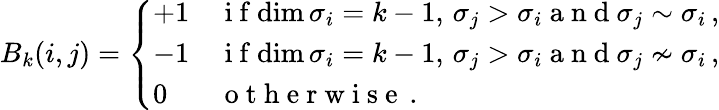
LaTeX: \begin{array}{r}{B_{k}(i,j)=\left\{ \begin{array}{ll}{+1}&{\mathrm{~i~f~}\mathrm{dim}\, \sigma_{i}=k-1,\, \sigma_{j}>\sigma_{i}\mathrm{~a~n~d~}\sigma_{j}\sim\sigma_{i}\, ,}\\ {-1}&{\mathrm{~i~f~}\mathrm{dim}\, \sigma_{i}=k-1,\, \sigma_{j}>\sigma_{i}\mathrm{~a~n~d~}\sigma_{j}\nsim\sigma_{i}\, ,}\\ {0\ }&{\mathrm{~o~t~h~e~r~w~i~s~e~}\, .}\end{array}\right.}\end{array}